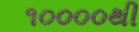
૧૦૦૦૦થી